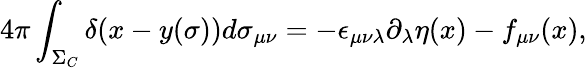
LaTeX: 4\pi\int_{\Sigma_{C}}\delta(x-y(\sigma))d\sigma_{\mu\nu}=-\epsilon_{\mu\nu\lambda}\partial_{\lambda}\eta(x)-f_{\mu\nu}(x),